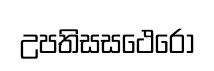
උපතිසසථෙරො